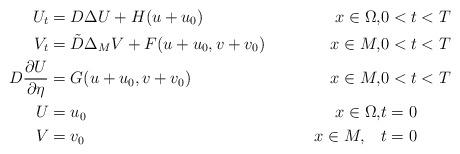
LaTeX: \begin{align*} U_t&= D\Delta U+H( u+u_0)& x\in \Omega,& 0<t<T\\ V_t&=\tilde D\Delta_{M} V+F( u+u_0, v+v_0)& x\in M,&0<t<T\\ D\frac{\partial U}{\partial \eta}&=G( u+u_0, v+v_0)& x\in M,&0<t<T\\U&=u_0 &x\in\Omega ,&t=0 \\V&=v_0& x\in M ,\quad& t=0\end{align*}